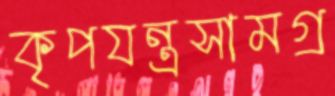
কৃপযন্ত্রসামগ্র